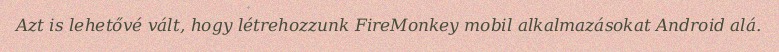
Azt is lehetővé vált, hogy létrehozzunk FireMonkey mobil alkalmazásokat Android alá.